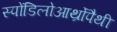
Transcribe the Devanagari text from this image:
स्पोंडिलोआर्थ्रोपैथी